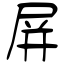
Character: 屏